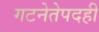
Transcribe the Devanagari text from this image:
गटनेतेपदही